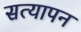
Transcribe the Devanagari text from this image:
सत्‍यापन